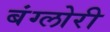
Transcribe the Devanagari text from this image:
बंग्लोरी